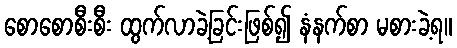
စောစောစီးစီး ထွက်လာခဲ့ခြင်းဖြစ်၍ နံနက်စာ မစားခဲ့ရ။